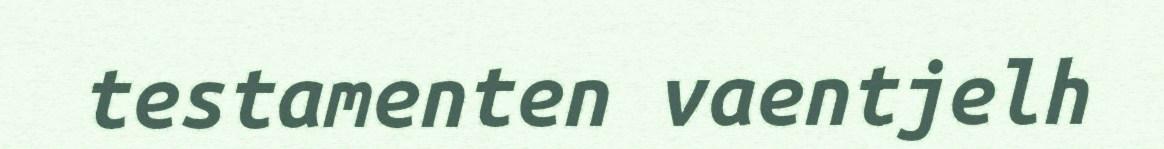
testamenten vaentjelh